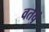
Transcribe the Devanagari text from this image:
वर्तवुं